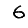
Digit: 6